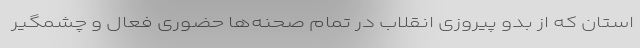
استان که از بدو پیروزی انقلاب در تمام صحنه‌ها حضوری فعال و چشمگیر